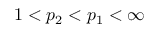
1 < p _ { 2 } < p _ { 1 } < \infty